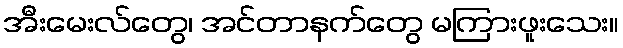
အီးမေးလ်တွေ၊ အင်တာနက်တွေ မကြားဖူးသေး။